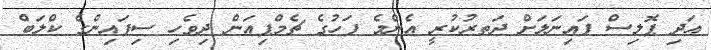
އަދި ޕޮލިސް ފައިނަލަށް ދަތރުކުރީ އެންމެ ފަހުގެ ޗެމްޕިއަން ދިވެހި ސިފައިންގެ ކްލަބް